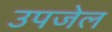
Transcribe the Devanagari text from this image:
उपजेल